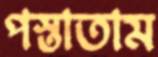
পস্তাতাম